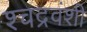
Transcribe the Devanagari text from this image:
श्चद्रवंशी